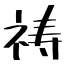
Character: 祷